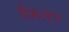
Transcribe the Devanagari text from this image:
फ़िलर